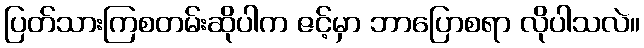
ပြတ်သားကြစတမ်းဆိုပါက ဇင့်မှာ ဘာပြောစရာ လိုပါသလဲ။